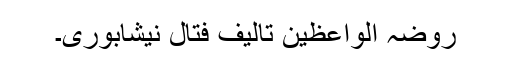
روضہ الواعظين تالیف فتال نيشابوری۔